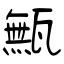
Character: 甒